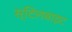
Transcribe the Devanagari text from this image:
स्टिलबाइट